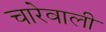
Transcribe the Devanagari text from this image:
चारेवाली